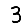
Digit: 3